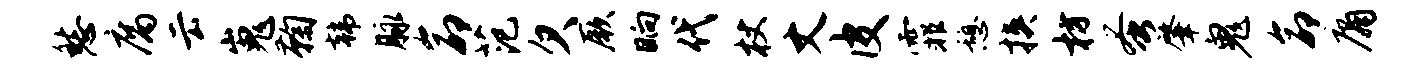
愁腐云嵬鞠韩脉命范欠厥晌代杖丈皮霏憩挟枋蚤肇鬼命庸